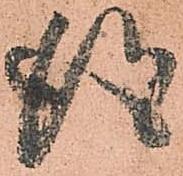
得